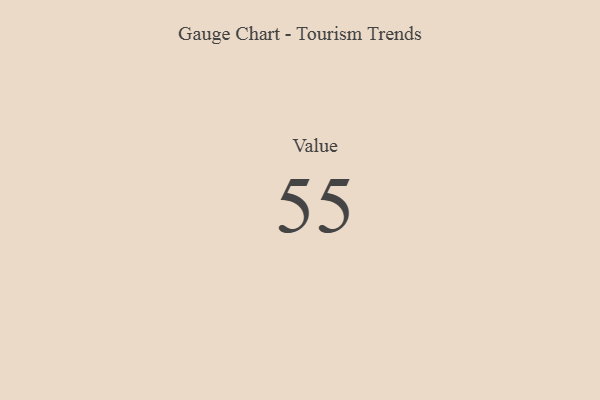
{"axis": {"x": "Metric", "y": "Value"}, "legend": [""], "data": [{"x": "Value", "y": 55, "type": ""}]}